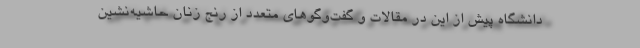
دانشگاه پيش از اين در مقالات و گفت‌وگوهاي متعدد از رنج زنان حاشيه‌نشين